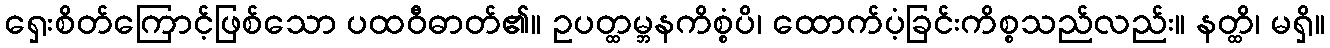
ရှေးစိတ်ကြောင့်ဖြစ်သော ပထဝီဓာတ်၏။ ဥပတ္ထမ္ဘနကိစ္စံပိ၊ ထောက်ပံ့ခြင်းကိစ္စသည်လည်း။ နတ္ထိ၊ မရှိ။